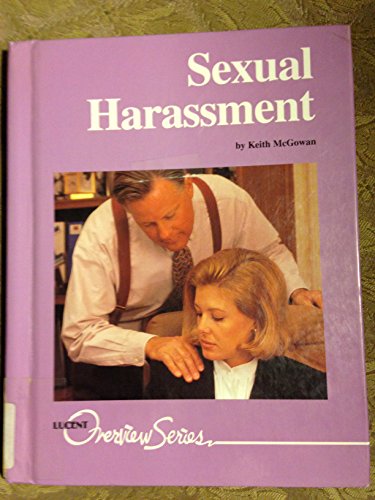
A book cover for Sexual Harassment (Overview Series); Keith McGowan; Teen & Young Adult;